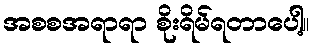
အစစအရာရာ စိုးရိမ်ရတာပေါ့။